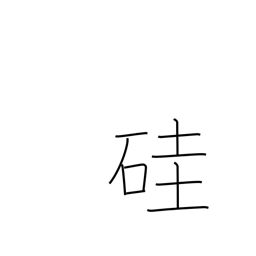
Meaning: silicon